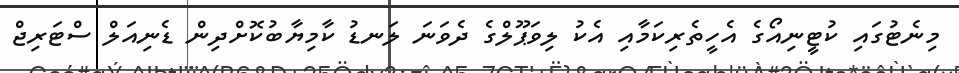
މިނެޓުގައި ކުޓީނިއޯގެ އެހީތެރިކަމާއި އެކު ލިވަޕޫލްގެ ދެވަނަ ލަނޑު ކާމިޔާބުކޮށްދިން ޑެނިއަލް ސްޓަރިޖް